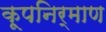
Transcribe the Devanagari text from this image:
कूपनिर्माण